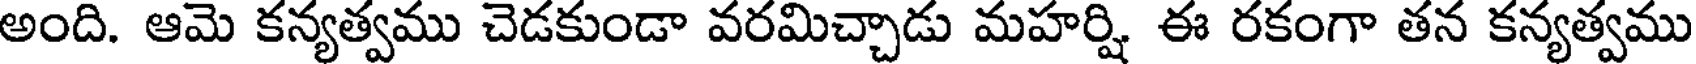
అంది. ఆమె కన్యత్వము చెడకుండా వరమిచ్చాడు మహర్షి ఈ రకంగా తన కన్యత్వము